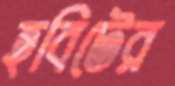
হবিটের